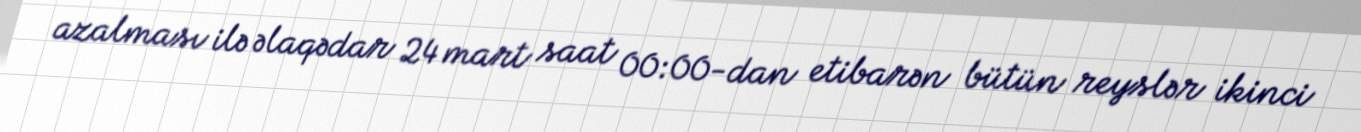
azalması ilə əlaqədar 24 mart saat 00:00-dan etibarən bütün reyslər ikinci